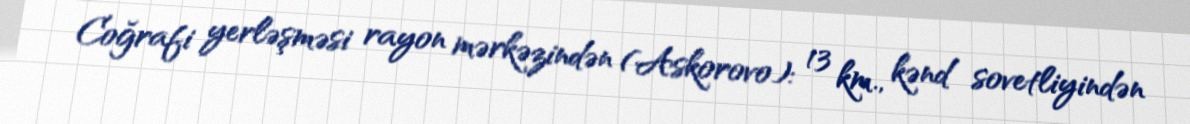
Coğrafi yerləşməsi rayon mərkəzindən (Askorovo): 13 km., kənd sovetliyindən